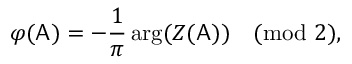
\varphi ( \mathsf { A } ) = - \frac 1 \pi \arg ( Z ( \mathsf { A } ) ) \pmod 2 ,